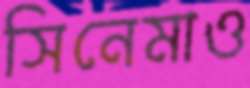
সিনেমাও